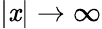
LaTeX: |\mathit{x}|\to\infty